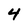
Character: 4